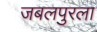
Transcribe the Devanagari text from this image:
जबलपुरला